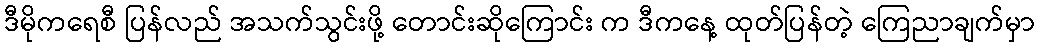
ဒီမိုကရေစီ ပြန်လည် အသက်သွင်းဖို့ တောင်းဆိုကြောင်း က ဒီကနေ့ ထုတ်ပြန်တဲ့ ကြေညာချက်မှာ